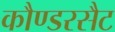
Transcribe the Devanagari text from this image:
कौण्डरसैट